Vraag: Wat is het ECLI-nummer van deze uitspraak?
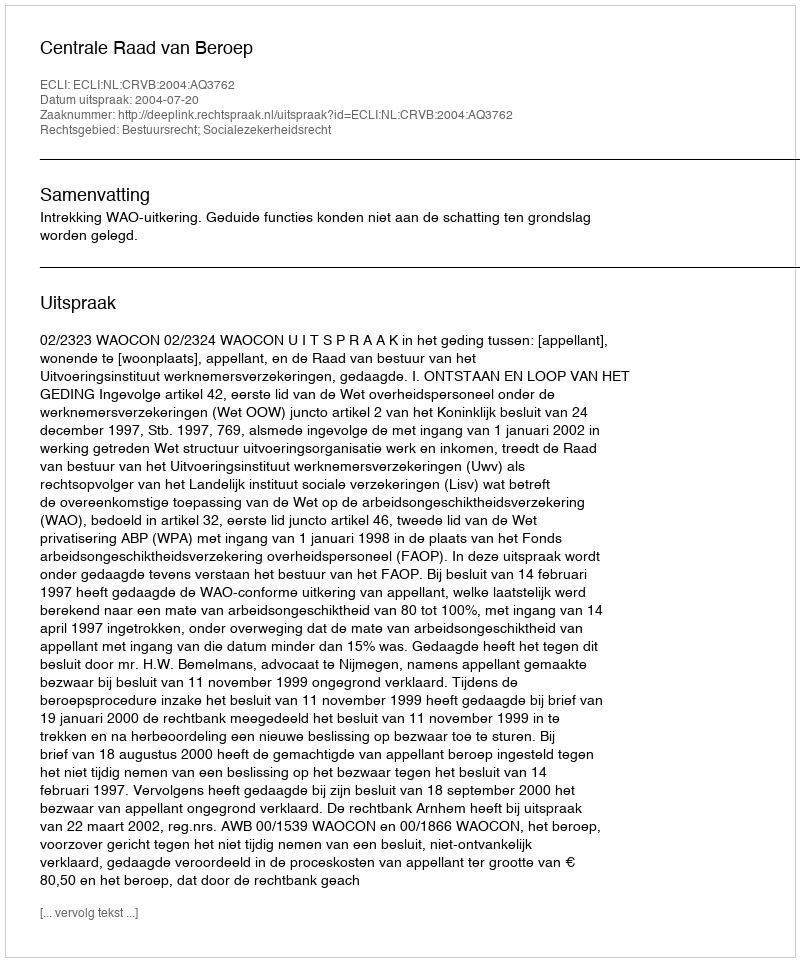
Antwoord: ECLI:NL:CRVB:2004:AQ3762